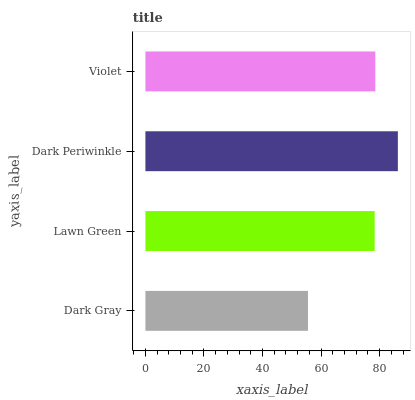
| yaxis_label | bars |
 | --- | --- |
 | Dark Gray | 55.5 |
 | Lawn Green | 78.3 |
 | Dark Periwinkle | 86.2 |
 | Violet | 78.5 |